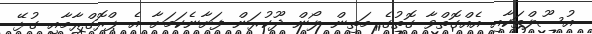
އުސޫލްތަކާއި އެއްގޮތްވާ ގޮތުގެ މަތިން ލޯން ދޫކުރަން ފަށާނެކަމަށާ އެ ޕްރޮގްރާމާއި ގުޅޭ